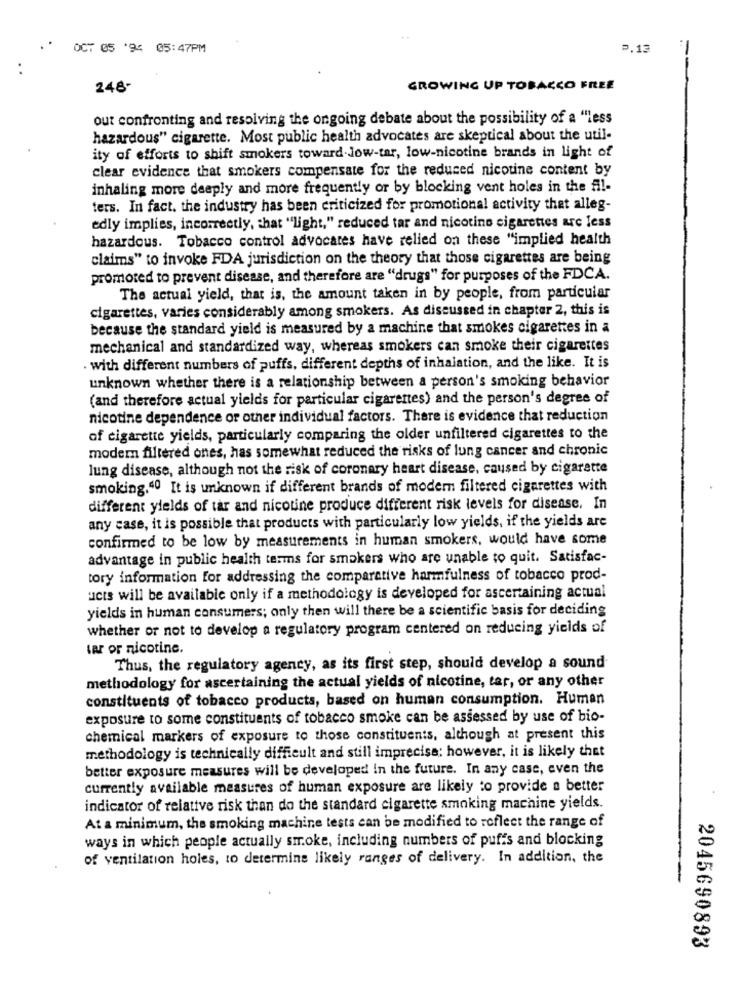
OCT 05 '94 05:47PM
P.13
248-
GROWING UP TOBACCO FREE
out confronting and resolving the ongoing debate about the possibility of a "less
hazardous" cigarette. Most public health advocates are skeptical about the util-
ity of efforts to shift smokers toward low-tar, low-nicotine brands in light of
clear evidence that smokers compensate for the reduced nicotine content by
inhaling more deeply and more frequently or by blocking vent holes in the All-
ters. In fact. the industry has been criticized for promotional activity that alleg-
edly implies, incorrectly, that "light," reduced tar and nicotine cigarettes are less
hazardous. Tobacco control advocates have relied on these "implied health
claims" to invoke FDA jurisdiction on the theory that those cigarettes are being
promoted to prevent disease, and therefore are "drugs" for purposes of the FDCA.
The actual yield, that is, the amount taken in by people, from particular
cigarettes, varies considerably among smokers. As discussed in chapter 2, this is
because the standard yield is measured by a machine that smokes cigarettes in a
mechanical and standardized way, whereas smokers can smoke their cigarettes
. with different numbers of puffs, different depths of inhalation, and the like. It is
unknown whether there is a relationship between a person's smoking behavior
(and therefore actual yields for particular cigarettes) and the person's degree of
nicotine dependence or other individual factors. There is evidence that reduction
of cigarette yields, particularly comparing the older unfiltered cigarettes to the
modem filtered ones, has somewhat reduced the risks of lung cancer and chronic
lung disease, although not the risk of coronary heart disease, caused by cigarette
smoking.40 It is unknown if different brands of modern filtered cigarettes with
different yields of tar and nicotine produce different risk levels for disease, In
any case, it is possible that products with particularly low yields, if the yields are
confirmed to be low by measurements in human smokers, would have some
advantage in public health terms for smokers who are unable to quit. Satisfac-
tory information for addressing the comparative harmfulness of tobacco prod-
ucts will be available only if a methodology is developed for ascertaining actual
yields in human consumers; only then will there be a scientific basis for deciding
whether or not to develop a regulatory program centered on reducing yields of
tar or nicotine.
Thus, the regulatory agency, as its first step, should develop a sound
methodology for ascertaining the actual yields of nicotine, tar, or any other
constituents of tobacco products, based on human consumption. Human
exposure to some constituents of tobacco smoke can be assessed by use of bio-
chemical markers of exposure to those constituents, although at present this
methodology is technically difficult and still imprecisa; however, it is likely thet
better exposure measures will be developed In the future. In any case, even the
currently available measures of human exposure are likely to provide a better
indicator of relative risk than do the standard cigarette smoking machine yields.
At a minimum, the smoking machine tests can be modified to reflect the range of
ways in which people actually smoke, including numbers of puffs and blocking
of ventilation holes, to determine likely ranges of delivery. In addition, the
2045690893